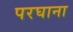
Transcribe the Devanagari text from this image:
परघाना